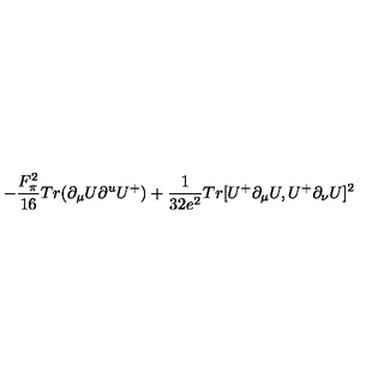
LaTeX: - { \frac { F _ { \pi } ^ { 2 } } { 1 6 } } T r ( \partial _ { \mu } U \partial ^ { u } U ^ { + } ) + { \frac { 1 } { 3 2 e ^ { 2 } } } T r [ U ^ { + } \partial _ { \mu } U , U ^ { + } \partial _ { \nu } U ] ^ { 2 }